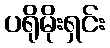
ပရိုမိုးရှင်း